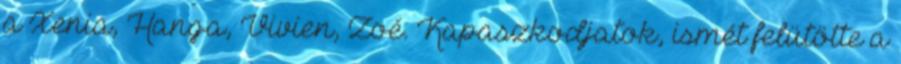
a Xenia, Hanga, Vivien, Zoé. Kapaszkodjatok, ismét felütötte a